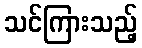
သင်ကြားသည့်